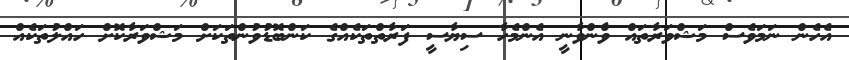
އެހެން ނަމަވެސް މަޝްވަރާތައް ވާްންވާނީ އެންމެހާ ސިޔާސީ ފަރާތްތަކެއްގެ ކަންބޮޑުވުންތަކަށް މަޝްވަރާކޮށް ހައްލުތަކެއް